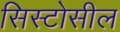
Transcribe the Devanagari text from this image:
सिस्टोसील